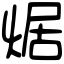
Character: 𤉸